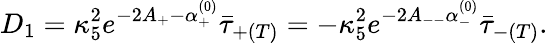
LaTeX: D_{1}=\kappa_{5}^{2}e^{-2A_{+}-\alpha_{+}^{(0)}}\bar{\tau}_{+(T)}=-\kappa_{5}^{2}e^{-2A_{--}\alpha_{-}^{(0)}}\bar{\tau}_{-(T)}.